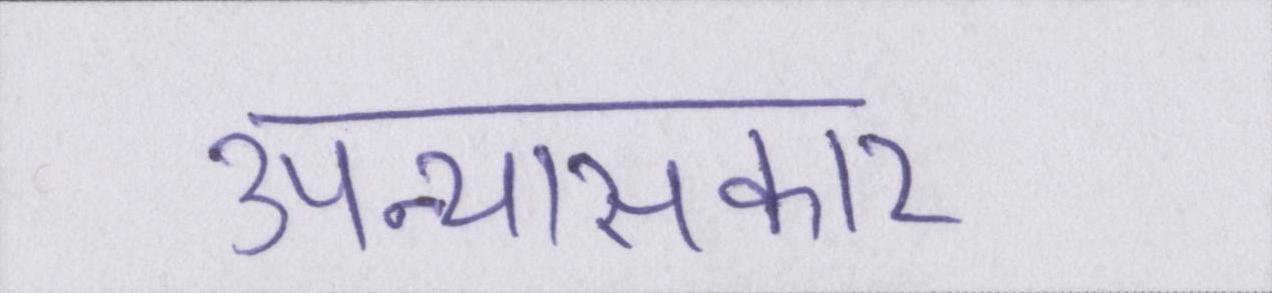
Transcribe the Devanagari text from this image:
उपन्यासकार